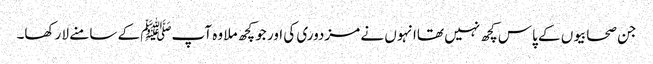
جن صحابیوں کے پاس کچھ نہیں تھاانہوں نے مزدوری کی اور جو کچھ ملا وہ آپﷺ کے سامنے لا رکھا۔